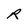
Character: R